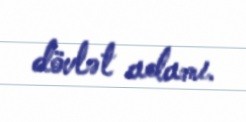
dövlət adamı.